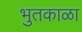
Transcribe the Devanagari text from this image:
भुतकाळा